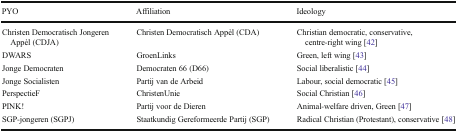
| PYO | Affiliation | Ideology |
 | --- | --- | --- |
 | Christen Democratisch Jongeren Appèl (CDJA) | Christen Democratisch Appèl (CDA) | Christian democratic, conservative, centre-right wing [42] |
 | DWARS | GroenLinks | Green, left wing [43] |
 | Jonge Democraten | Democraten 66 (D66) | Social liberalistic [44] |
 | Jonge Socialisten | Partij van de Arbeid | Labour, social democratic [45] |
 | PerspectieF | ChristenUnie | Social Christian [46] |
 | PINK! | Partij voor de Dieren | Animal-welfare driven, Green [47] |
 | SGP-jongeren (SGPJ) | Staatkundig Gereformeerde Partij (SGP) | Radical Christian (Protestant), conservative [48] |